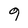
Character: 9